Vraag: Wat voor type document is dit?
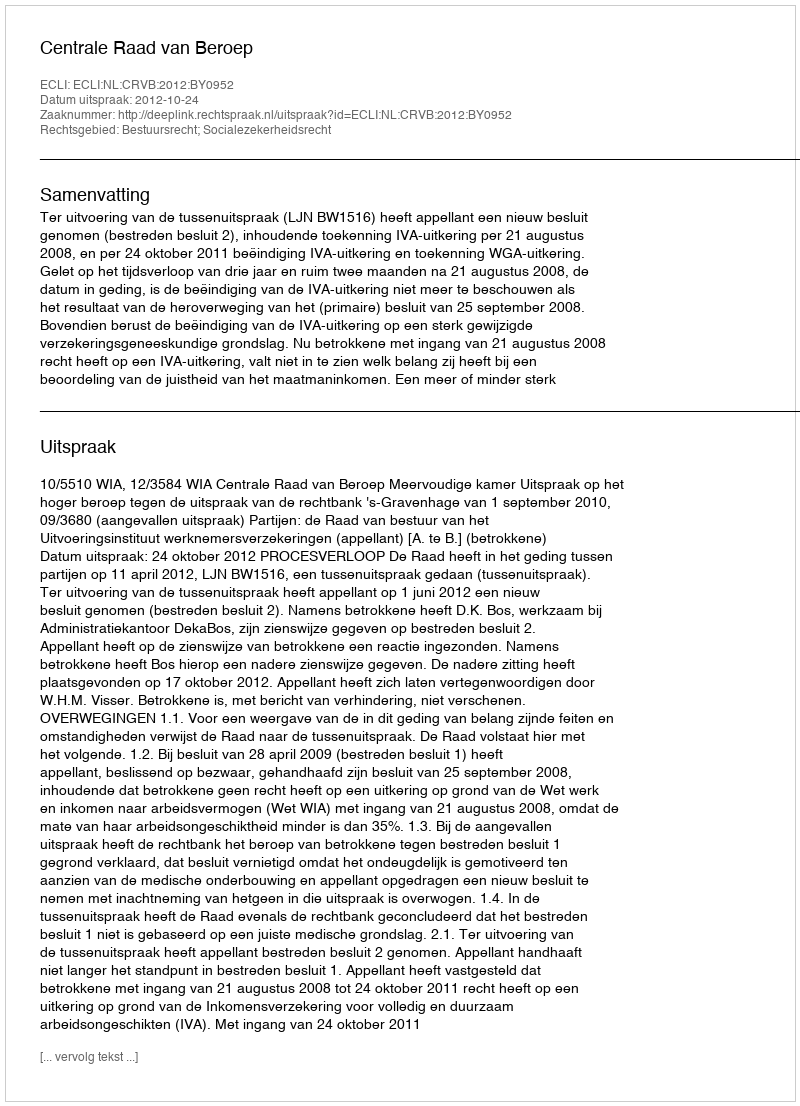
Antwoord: Uitspraak